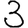
Digit: 3